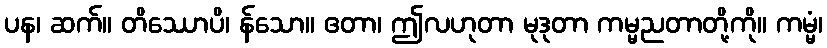
ပန၊ ဆက်။ တိဿောပိ၊ န်သော။ ဧတာ၊ ဤလဟုတာ မုဒုတာ ကမ္မညတာတို့ကို။ ကမ္မံ၊